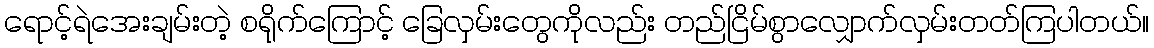
ရောင့်ရဲအေးချမ်းတဲ့ စရိုက်ကြောင့် ခြေလှမ်းတွေကိုလည်း တည်ငြိမ်စွာလျှောက်လှမ်းတတ်ကြပါတယ်။